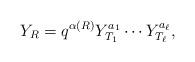
LaTeX: \begin{align*}Y_{R}=q^{\alpha(R)}Y_{T_{1}}^{a_{1}}\cdots Y_{T_{\ell}}^{a_{\ell}},\end{align*}